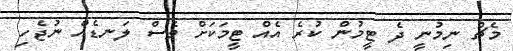
މެޗް ނިމުނީ ދެ ޓީމުން ކުރެ އެއް ޓީމަކަށް ވެސް ލަނޑެއް ނުޖެހި